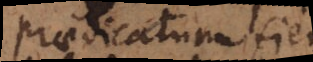
praedicatum f